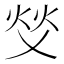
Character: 𬊇